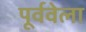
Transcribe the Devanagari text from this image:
पूर्ववेला